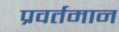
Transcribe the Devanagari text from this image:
प्रवर्तमान